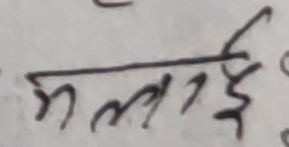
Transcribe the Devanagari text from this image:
मलाई